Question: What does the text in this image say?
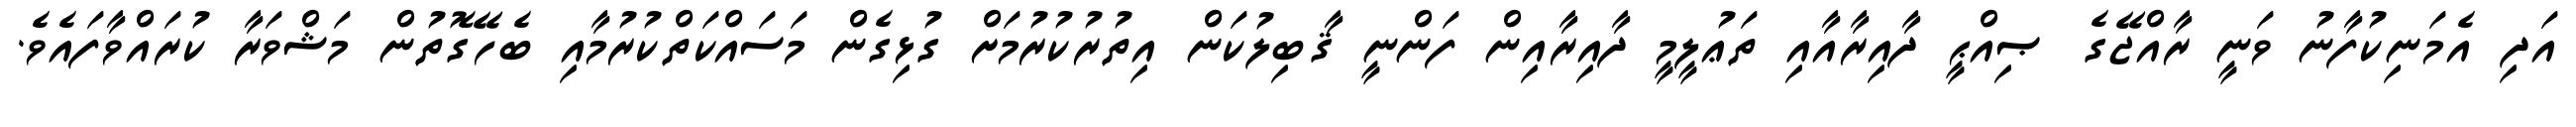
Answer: އަދި އެމަނިކުފާނު ވަނީ ރާއްޖޭގެ ޞިއްޙީ ދާއިރާއާއި ތަޢުލީމީ ދާއިރާއިން ފަންނީ ޤާބިލުކަން އިތުރުކުރުމަށް ގުޅިގެން މަސައްކަތްކުރުމާއި ބެހޭގޮތުން މަޝްވަރާ ކުރައްވާފައެވެ.